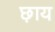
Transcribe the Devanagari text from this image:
छ़ाय